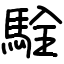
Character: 駩